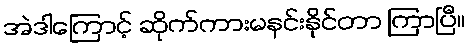
အဲဒါကြောင့် ဆိုက်ကားမနင်းနိုင်တာ ကြာပြီ။